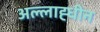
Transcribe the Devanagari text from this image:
अल्लाह्धीन